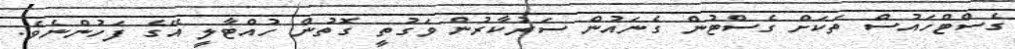
ގެސްޓްހައުސް ތަކަށް ގެސްޓުން ގެނައުން ސަރުކާރުން ވަގުތީ ގޮތުން ހުއްޓާލީ އޭގެ ފަހުންނެވެ.